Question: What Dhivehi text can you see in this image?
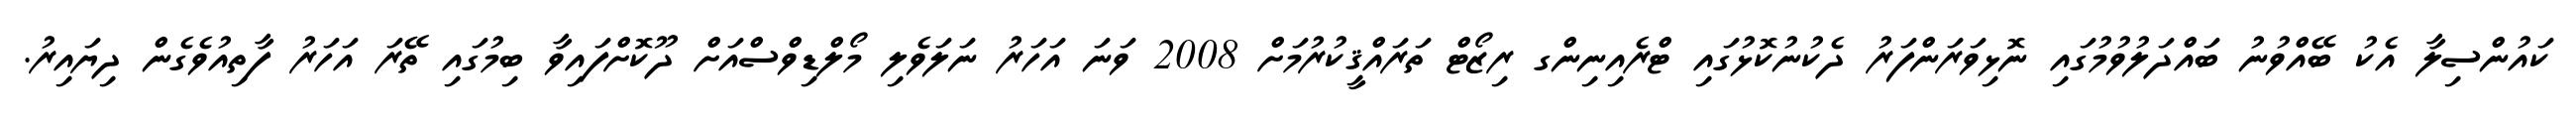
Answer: ކައުންސިލާ އެކު ބޭއްވުނު ބައްދަލުވުމުގައި ނޮޅިވަރަންފަރު ދެކުނުކޮޅުގައި ޓްރެއިނިންގ ރިޒޯޓް ތަރައްޤީކުރުމަށް 2008 ވަނަ އަހަރު ނަލަވެލި މޯލްޑިވްސްއަށް ދޫކޮށްފައިވާ ބިމުގައި ތޭރަ އަހަރު ފާތިއުވެގެން ދިޔައިރު.